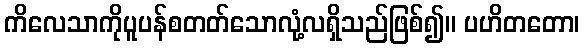
ကိလေသာကိုပူပန်စတတ်သောလုံ့လရှိသည်ဖြစ်၍။ ပဟိတတော၊